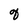
Character: g